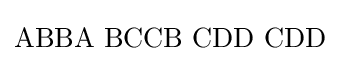
\mathrm {ABBA\,\,BCCB\,\,CDD\,\,CDD}